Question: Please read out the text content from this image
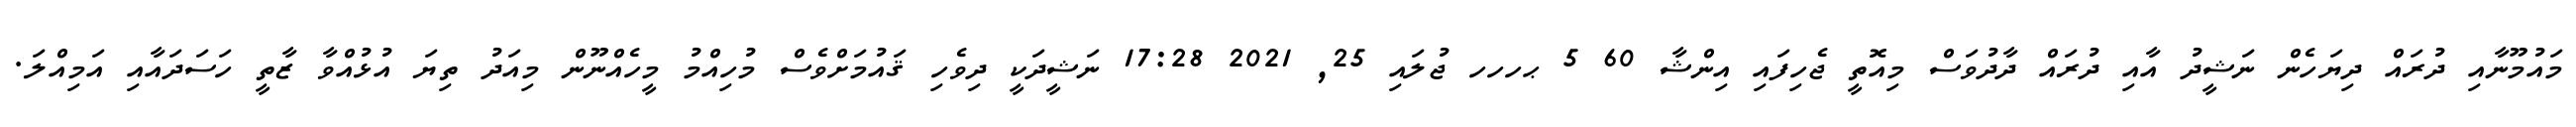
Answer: މައުމޫނާއި ދުރައް ދިޔަހެން ނަޝީދު އާއި ދުރައް ދާދުވަސް މިއޮތީ ޖެހިފައި އިންޝާ 60 5 ޙހހހ ޖުލައި 25, 2021 17:28 ނަޝީދަކީ ދިވެހި ޤައުމަށްވެސް މުހިއްމު މީހެއްނޫން މިއަދު ތިޔަ އުޅުއްވާ ޒާތީ ހަސަދައާއި އަމިއްލަ.